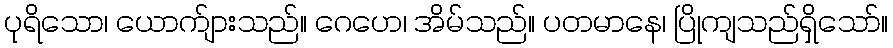
ပုရိသော၊ ယောက်ျားသည်။ ဂေဟေ၊ အိမ်သည်။ ပတမာနေ၊ ပြိုကျသည်ရှိသော်။